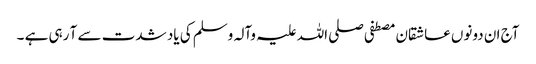
آج ان دونوں عاشقان مصطفی صلی اللہ علیہ وآلہ وسلم کی یاد شدت سے آ رہی ہے ۔